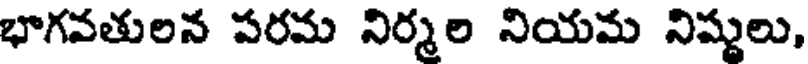
భాగవతులన పరమ నిర్మల నియమ నిష్ణులు,